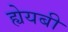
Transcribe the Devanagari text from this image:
ह्येयबी